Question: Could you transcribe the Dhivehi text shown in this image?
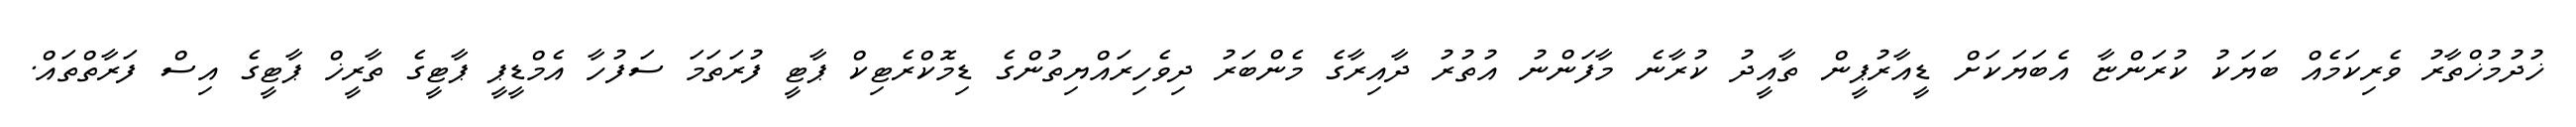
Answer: ޚުދުމުޚްތާރު ވެރިކަމެއް ބަޔަކު ކުރަންޏާ އެބަޔަކަށް ޑީއާރުޕީން ތާއީދު ކުރާނެ މާފަންނު އުތުރު ދާއިރާގެ މެންބަރު ދިވެހިރައްޔިތުންގެ ޑިމޮކްރެޓިކް ޕާޓީ ފުރަތަމަ ސަފުހާ އެމްޑީޕީ ޕާޓީގެ ތާރީޚް ޕާޓީގެ އިސް ފަރާތްތައް.